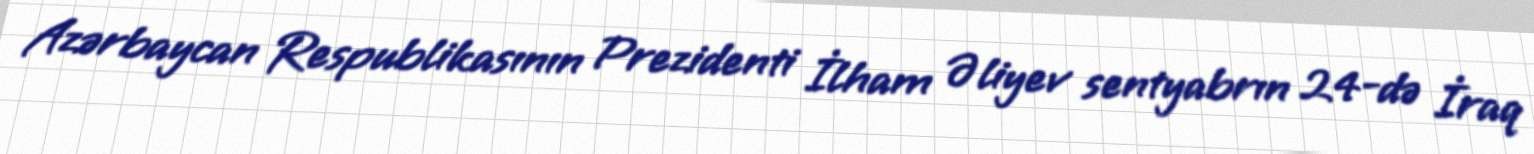
Azərbaycan Respublikasının Prezidenti İlham Əliyev sentyabrın 24-də İraq